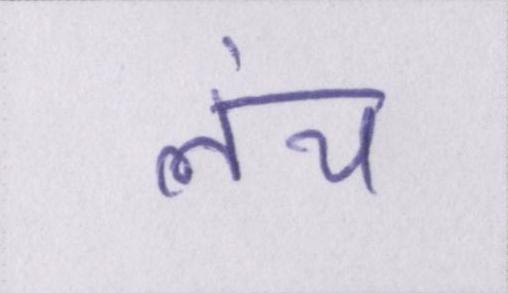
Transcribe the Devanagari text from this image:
लंच